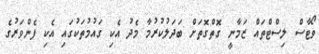
ވޯޓާސް ލިސްޓްތައް ޒަމާނީ ގޮތްގޮތަށް ބަދަލުކުރުމާ މެދު އެކި ގައުމުތަކުގައި އެކި ފެންވަރުގެ